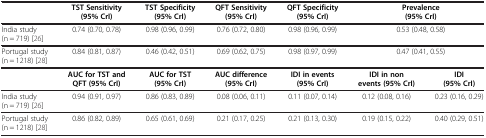
|  | TST Sensitivity (95% CrI) | TST Specificity (95% CrI) | QFT Sensitivity (95% CrI) | QFT Specificity (95% CrI) | <COLSPAN=2> Prevalence (95% CrI) |
 | --- | --- | --- | --- | --- | --- | --- |
 | India study (n = 719)[26] | 0.74 (0.70, 0.78) | 0.98 (0.96, 0.99) | 0.76 (0.72, 0.80) | 0.98 (0.96, 0.99) | <COLSPAN=2> 0.53 (0.48, 0.58) |
 | Portugal study (n = 1218)[28] | 0.84 (0.81, 0.87) | 0.46 (0.42, 0.51) | 0.69 (0.62, 0.75) | 0.98 (0.97, 0.99) | <COLSPAN=2> 0.47 (0.41, 0.55) |
 |  | AUC for TST and QFT (95% CrI) | AUC for TST (95% CrI) | AUC difference (95% CrI) | IDI in events (95% CrI) | IDI in non events (95% CrI) | IDI (95% CrI) |
 | India study (n = 719)[26] | 0.94 (0.91, 0.97) | 0.86 (0.83, 0.89) | 0.08 (0.06, 0.11) | 0.11 (0.07, 0.14) | 0.12 (0.08, 0.16) | 0.23 (0.16, 0.29) |
 | Portugal study (n = 1218)[28] | 0.86 (0.82, 0.89) | 0.65 (0.61, 0.69) | 0.21 (0.17, 0.25) | 0.21 (0.13, 0.30) | 0.19 (0.15, 0.22) | 0.40 (0.29, 0.51) |